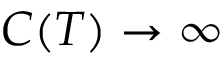
C ( T ) \to \infty